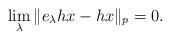
LaTeX: \begin{align*}\lim_\lambda \|e_\lambda hx-hx\|_p=0.\end{align*}